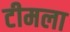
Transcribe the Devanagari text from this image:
टीमला